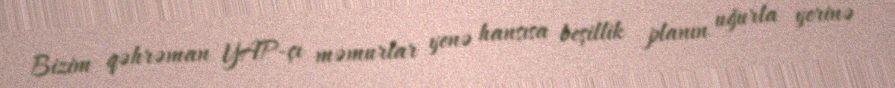
Bizim qəhrəman YAP-çı məmurlar yenə hansısa beşillik planın uğurla yerinə